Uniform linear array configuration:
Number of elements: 8
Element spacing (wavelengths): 0.5
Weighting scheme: binomial
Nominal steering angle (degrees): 45
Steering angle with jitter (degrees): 46.1
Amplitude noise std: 0.05
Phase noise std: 0.05

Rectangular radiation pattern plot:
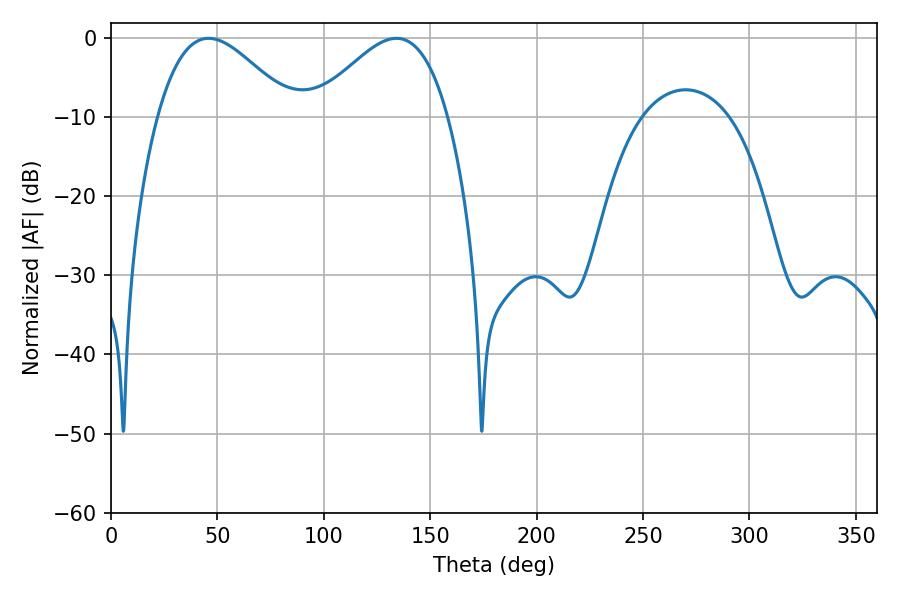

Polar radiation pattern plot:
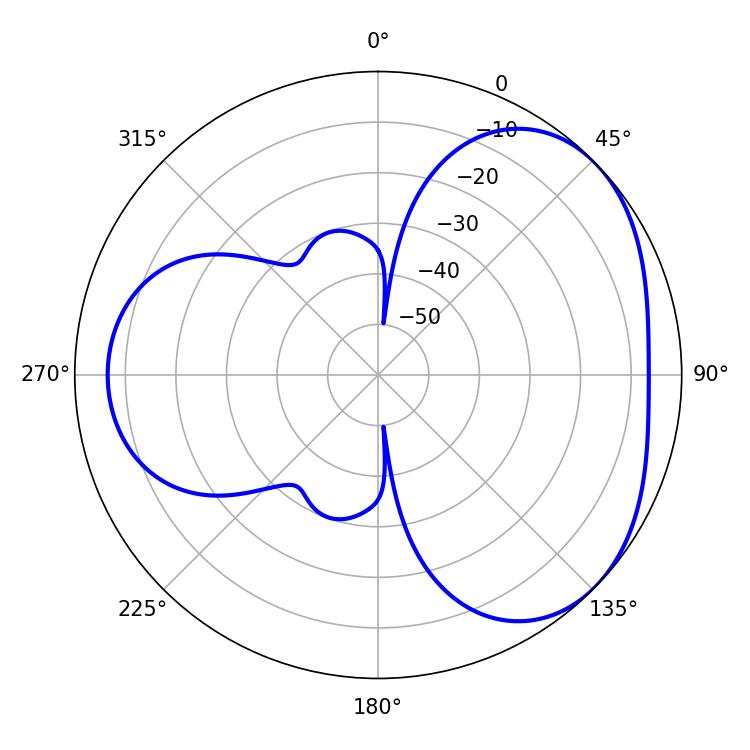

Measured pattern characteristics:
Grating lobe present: FALSE
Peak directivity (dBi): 3.7
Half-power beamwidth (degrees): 34.02
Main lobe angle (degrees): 45.9